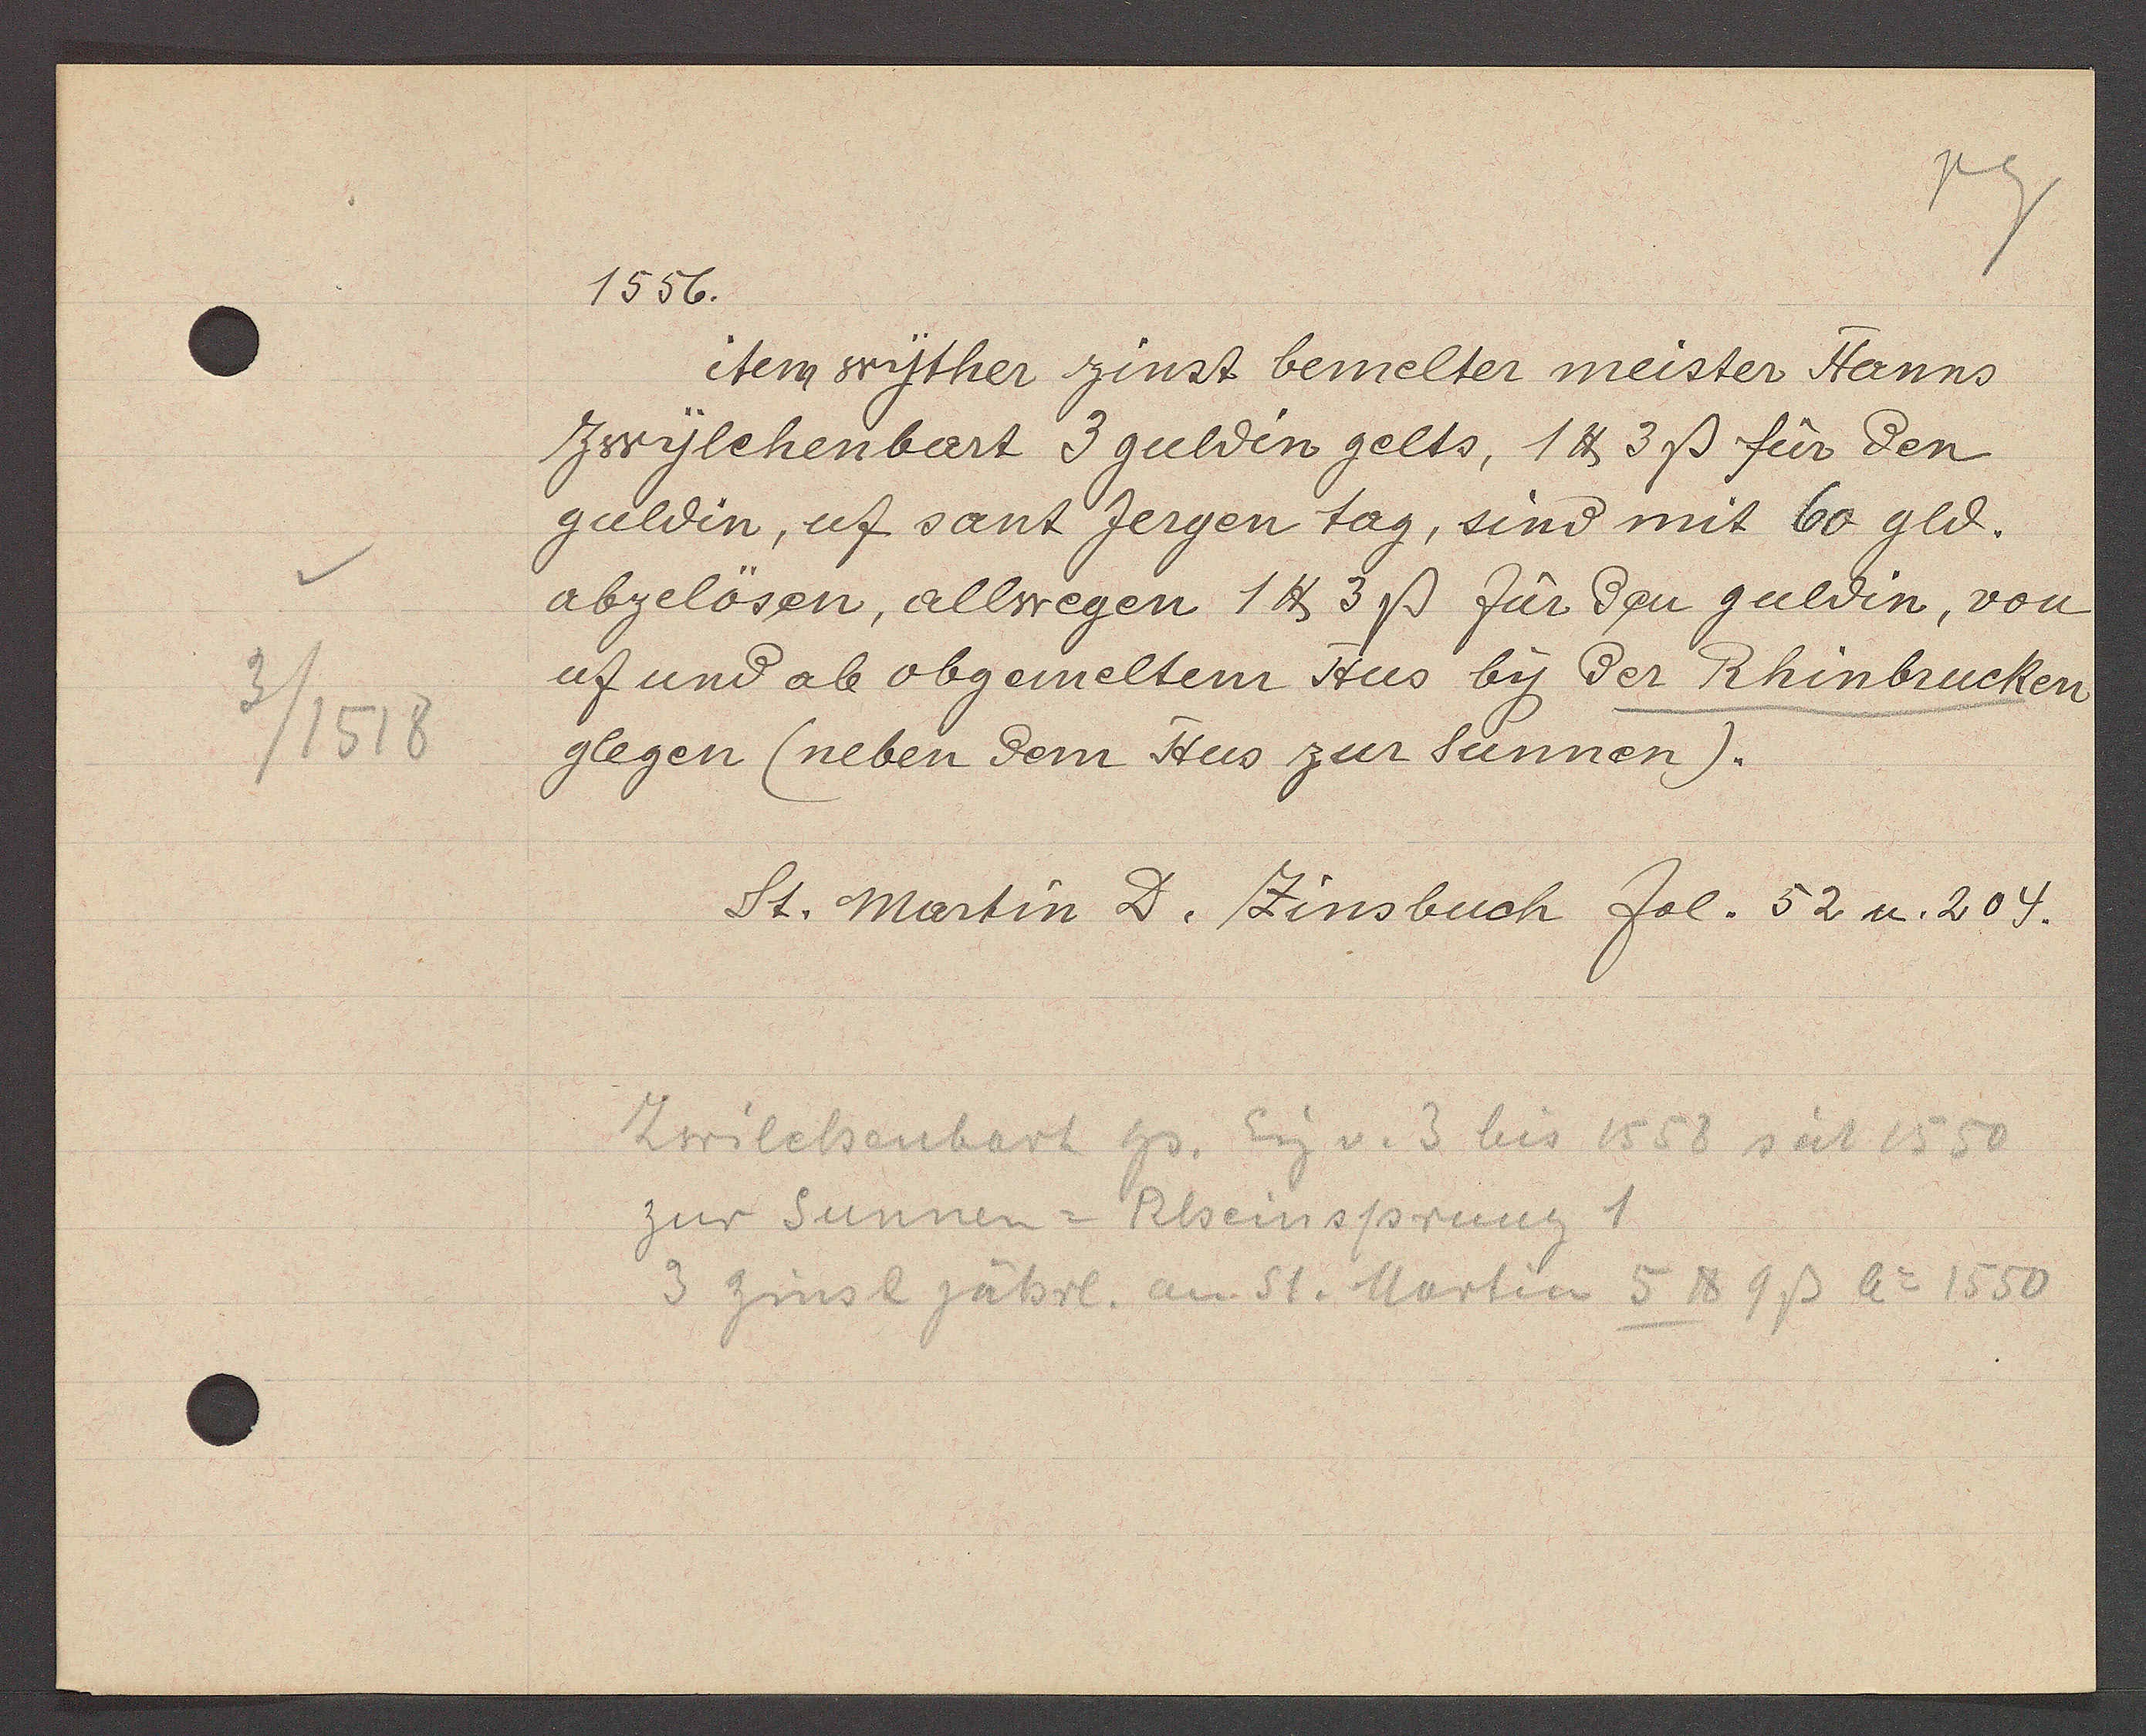
Transcript:
3/1518

1556.
item wyther zinst bemelter meister Hanns
Zwylchenbart 3 guldin gelts, 1 ℔ 3ß für den
guldin, uf sant Jergen tag, sind mit 60 gld.
abzelösen, allwegen 1 ℔ 3 ß für den guldin, von
uf und ab obgemeltem Hus by der Rhinbrucken
glegen (neben dem Hus zur Sunnen).
St. martin D. Zinsbuch fol. 52 u. 204.
Zwilchenbart Hs. Eig v. 3 bis 1558 seit 1550
zur Sunnen = Rheinsprung 1
3 Zins 2? jährl. am St. Martin 5 ℔ 9 ß Ao 1550